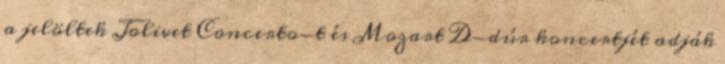
a jelöltek Jolivet Concerto-t és Mozart D-dúr koncertjét adják